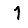
Digit: 1